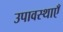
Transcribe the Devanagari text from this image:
उपावस्थाएँ